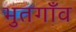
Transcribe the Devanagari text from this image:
भुतगाँव